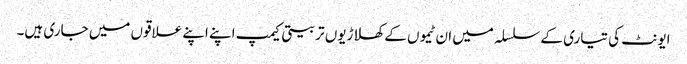
ایونٹ کی تیاری کے سلسلہ میں ان ٹیموں کے کھلاڑیوں تربیتی کیمپ اپنے اپنے علاقوں میں جاری ہیں۔